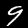
Label: 9